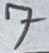
Text: 7